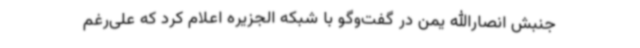
جنبش انصارالله یمن در گفت‌وگو با شبکه الجزیره اعلام کرد که علی‌رغم